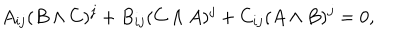
LaTeX: A _ { i j } ( B \wedge C ) ^ { j } + B _ { i j } ( C \wedge A ) ^ { j } + C _ { i j } ( A \wedge B ) ^ { j } = 0 ,